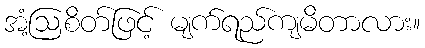
အံ့ဩစိတ်ဖြင့် မျက်ရည်ကျမိတာလား။